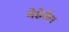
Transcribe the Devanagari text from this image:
बेडेकेर